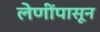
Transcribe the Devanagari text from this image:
लेणींपासून